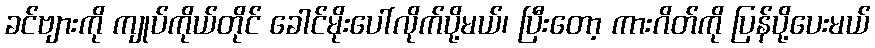
ခင်ဗျားကို ကျုပ်ကိုယ်တိုင် ခေါင်မိုးပေါ်လိုက်ပို့မယ်၊ ပြီးတော့ ကားဂိတ်ကို ပြန်ပို့ပေးမယ်